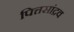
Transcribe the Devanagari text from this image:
पित्तसांद्रव